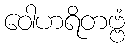
ဝေါဟရိတဗ္ဗံ